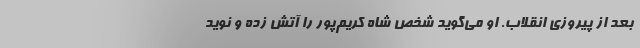
بعد از پیروزی انقلاب. او می‌گوید شخص شاه کریم‌پور را آتش زده و نوید